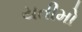
યતીમો